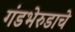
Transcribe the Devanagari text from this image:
गंडभेरुडाचे